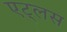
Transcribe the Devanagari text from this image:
एट्लस